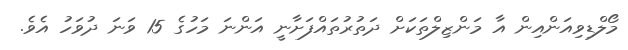
މޯލްޑިވިއަންއިން އާ މަންޒިލްތަކަށް ދަތުރުތައްފަށާނީ އަންނަ މަހުގެ 15 ވަނަ ދުވަހު އެވެ.